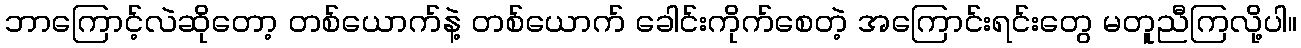
ဘာကြောင့်လဲဆိုတော့ တစ်ယောက်နဲ့ တစ်ယောက် ခေါင်းကိုက်စေတဲ့ အကြောင်းရင်းတွေ မတူညီကြလို့ပါ။